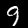
Label: 9